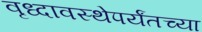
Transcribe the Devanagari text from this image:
वृध्दावस्थेपर्यंतच्या